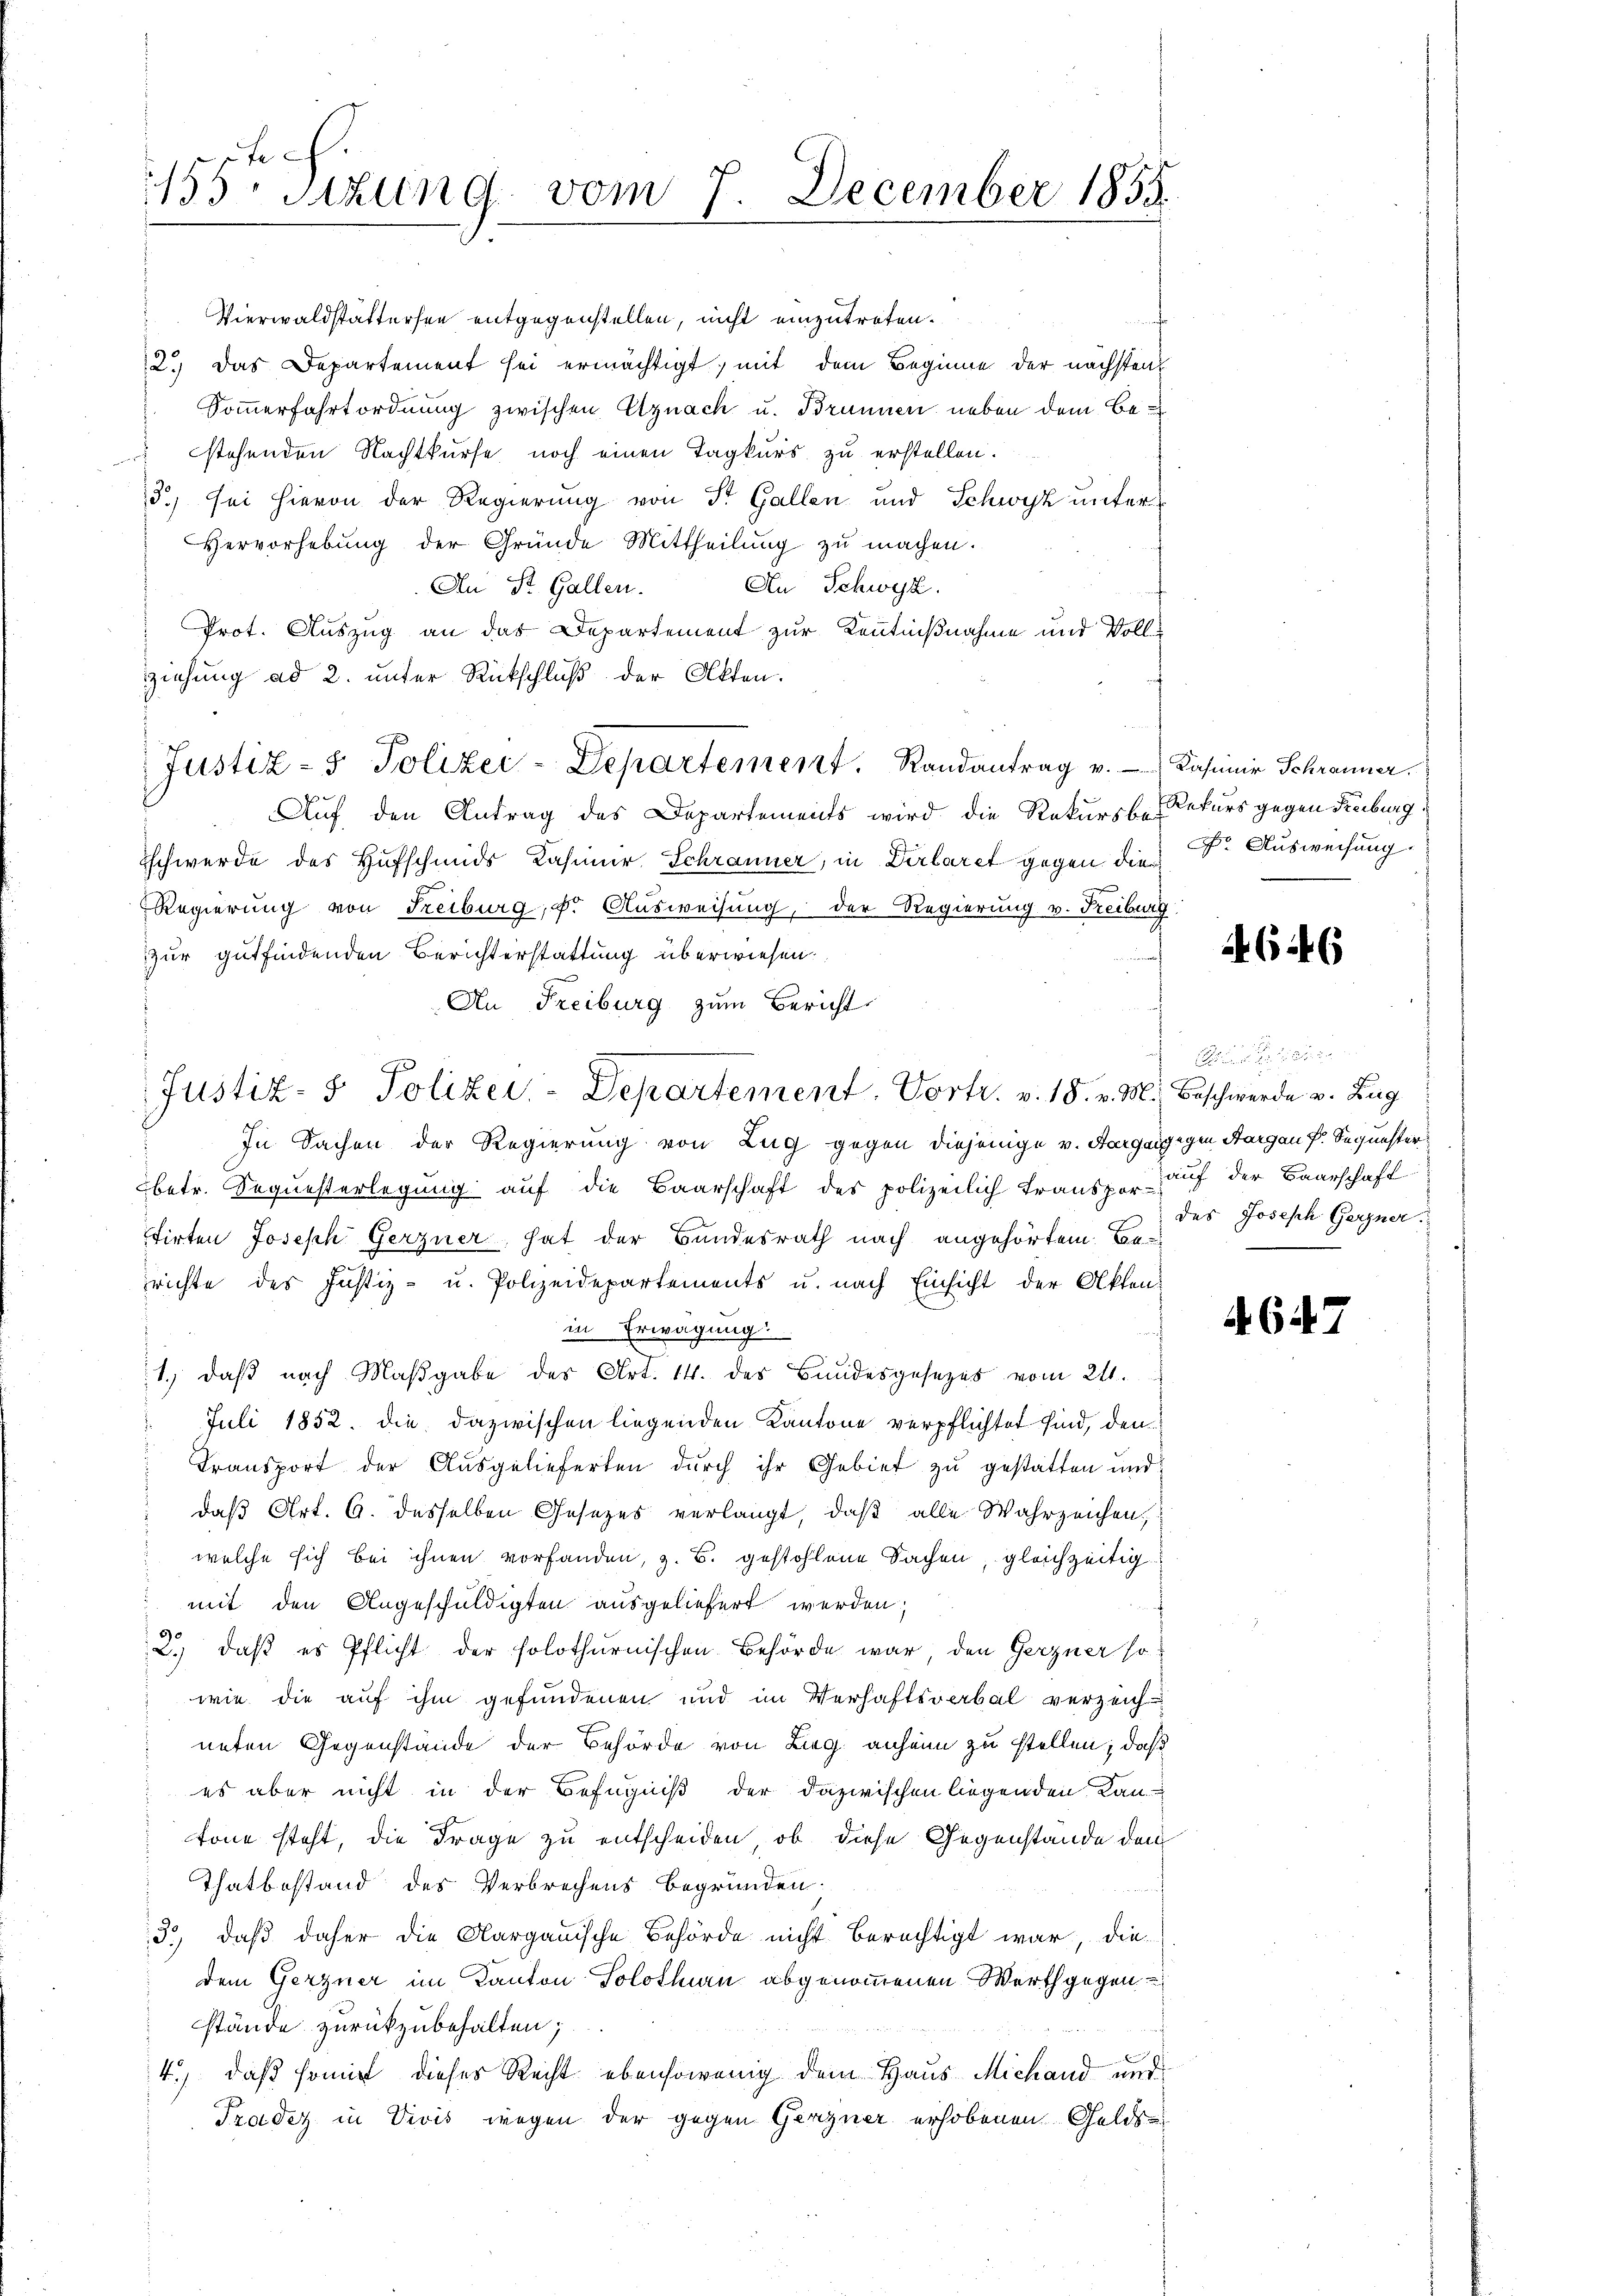
155. Sitzung vom 7. December 1855.

Vierwaldstättersen entgegenstellen, nicht einzutreten.
2.) Das Departement sei ermächtigt, mit dem Beginne der nächsten
Sommerfahrtordnung zwischen Uznach u. Brunnen neben dem Be-
 stehenden Nachtkurse noch einen Tagkurs zu erstellen.
13) sei hievon der Regierung von St. Gallen und Schwyz unter¬
Hervorhebung der Gründe Mittheilung zu machen.
An Schwyz.
An St. Gallen.
Prot. Auszug an das Departement zur Kenntnißnahme und Vollziehung ad 2. unter Rückschluß der Akten.
Auf den Antrag des Departements wird die Rekursbe Rekurs gegen Freiburg
Schwerde des Hufschmids Kasimir Schränner, in Dirlaret gegen die
e
Regierung von Freiburg, dr Ausweisung, der Regierung v. Freiburg
zur gutfindenden Berichterstattung überwiesen.
An Freiburg zum Bericht
Justiz- & Polizei-Departement. Vortr. v. 18. v. M. Beschwerde v. Zug
In Sachen der Regierung von Zug gegen diejenige v. Aargangegen Aargau Fr. Sequester
betr. Sequesterlegung auf die Baarschaft des polizeilich Transpor- aŭf der Baarschaft
tirten Joseph Gerzner hat der Bundesrath nach angehörtem Be-
richte des Justiz- u. Polizeidepartements u. nach Einsicht der Akten-
in Erwägung
1., daß nach Maßgabe des Art. 14. des Bundesgesezes vom 21.
Juli 1852. die dazwischen liegenden Kantone verpflichtet sind, den
Transport der Ausgelieferten durch ihr Gebiet zu gestatten und
daß Art. 6. desselben Gesezes verlangt, daß alle Wahrzeichen;
welche sich bei ihnen vorhanden, z. B. gestohlene Sachen, gleichzeitig
n
mit den Angeschuldigten ausgeliefert werden;
2.) daß es Pflicht der solothurnischen Behörde war, den Gerzner so
wie die auf ihm gefundenen und im Verhaftsverbal verzeich-
neten Gegenstände der Behörde von Lieg anheim zu stellen, daß
es aber nicht in der Befugniß der dazwischen liegenden Kantone steht, die Frage zu entscheiden, ob diese Gegenstände den
Thatbestand des Verbrechens begründen.
3.) daß daher die Aargauische Behörde nicht berechtigt war, die
dem Gerzner im Kanton Solothurn abgenommenen Werth gegen
stände zurückzubehalten;
4.) daß somit dieses Recht ebensowenig dem Haus Michand und
Tradez in Vivis wegen der gegen Gerzner erhobenen Gelds

Justiz- & Polizei-Departement. Randantrag v. Kasimir Schranner

Dr. Ausweisung

646

des Joseph Gerzner.

644.